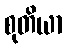
စုတိယာ